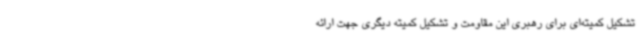
تشکیل کمیته‌ای برای رهبری این مقاومت و تشکیل کمیته دیگری جهت ارائه